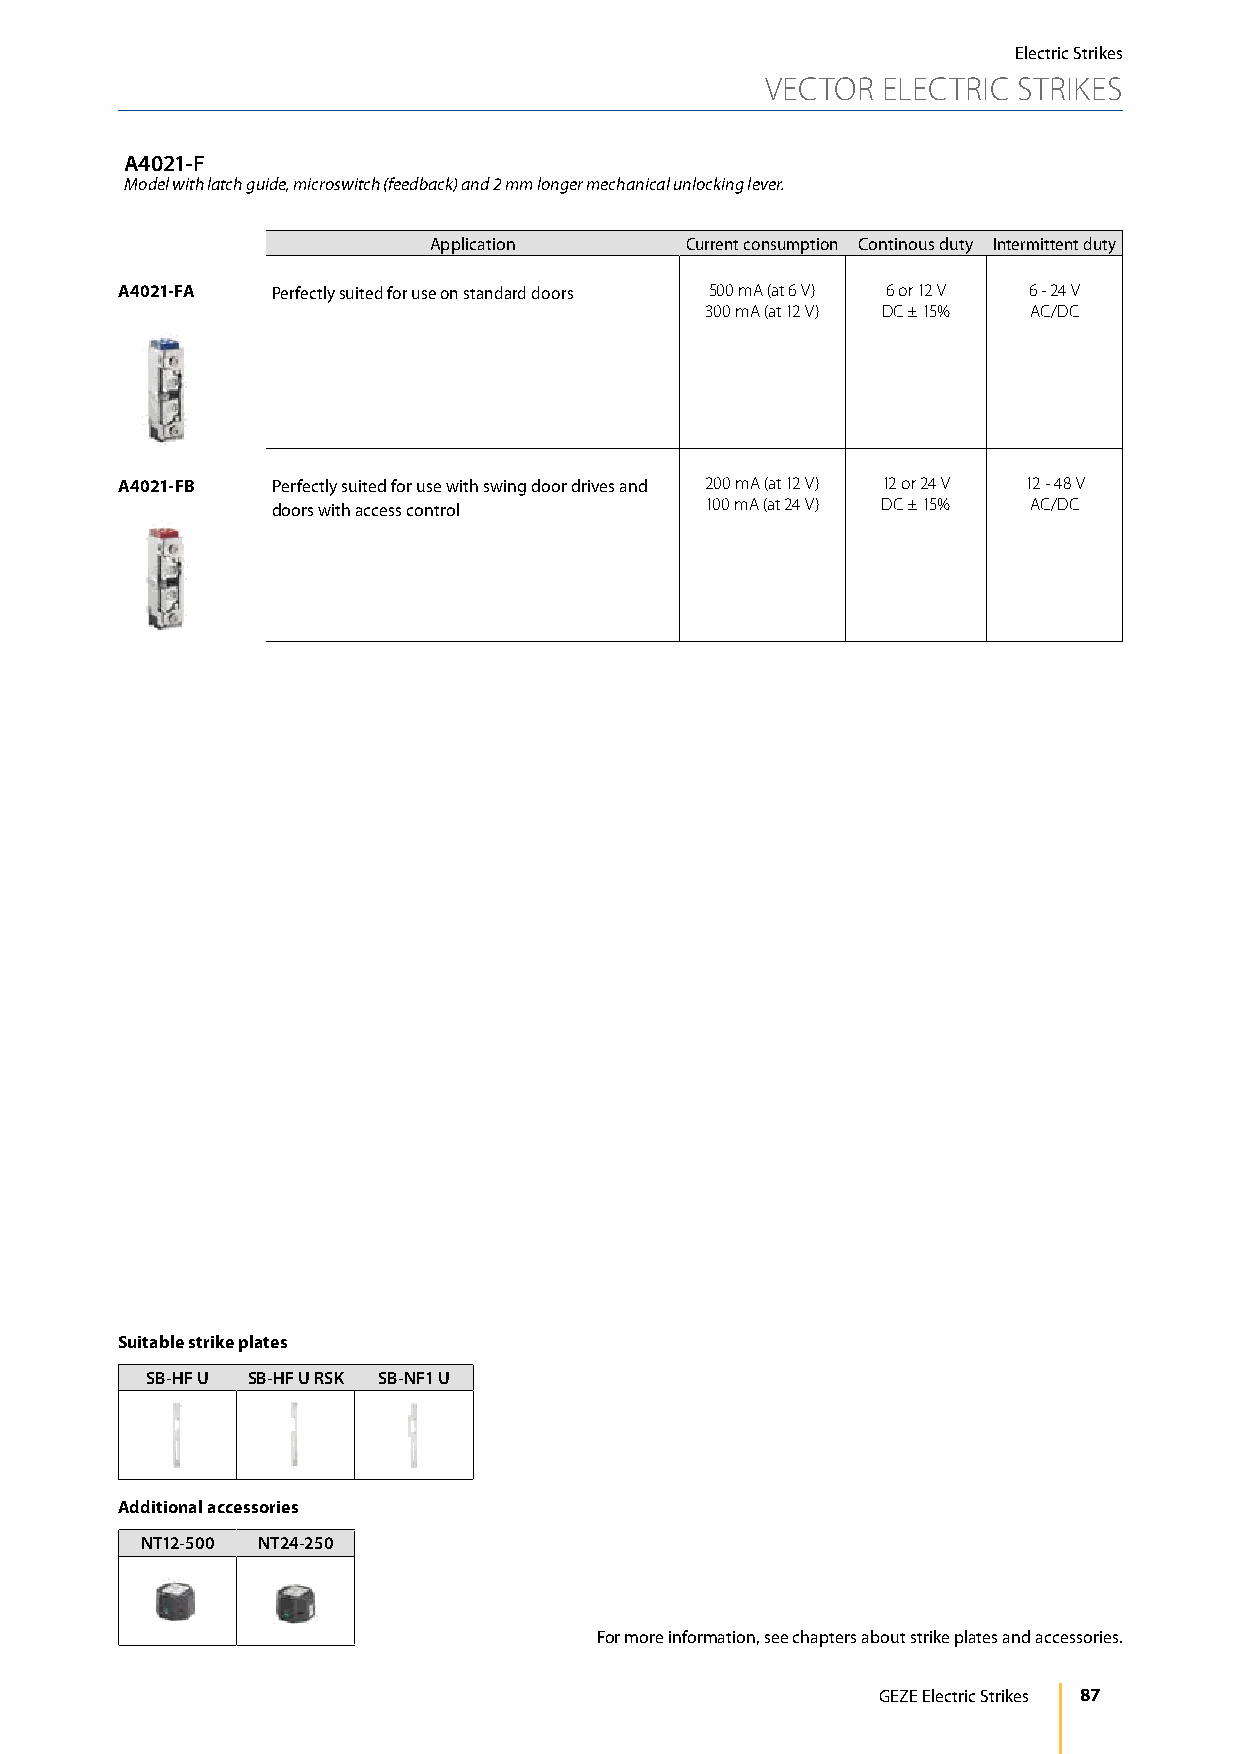
Electric Strikes
 VECTOR ELECTRIC STRIKES
 A4021-F
 Model with latch guide, microswitch (feedback) and 2 mm longer mechanical unlocking lever.
 Application      Current consumption Continous duty Intermittent duty
 A4021-FA  Perfectly suited for use on standard doors 500 mA (at 6 V) 6 or 12 V 6 - 24 V
 300 mA (at 12 V) DC ± 15% AC/DC
 A4021-FB  Perfectly suited for use with swing door drives and 200 mA (at 12 V) 12 or 24 V 12 - 48 V
 doors with access control    100 mA (at 24 V) DC ± 15% AC/DC
 Suitable strike plates
 SB-HF U SB-HF U RSK SB-NF1 U
 Additional accessories
 NT12-500 NT24-250
 For more information, see chapters about strike plates and accessories.
 GEZE Electric Strikes 87